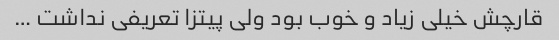
قارچش خیلی زیاد و خوب بود ولی پیتزا تعریفی نداشت …